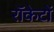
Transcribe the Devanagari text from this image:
राॅकेटों